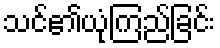
သင်၏ယုံကြည်ခြင်း